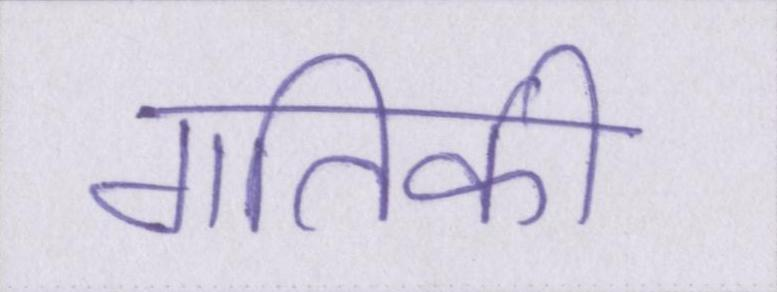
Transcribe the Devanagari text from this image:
गतिकी